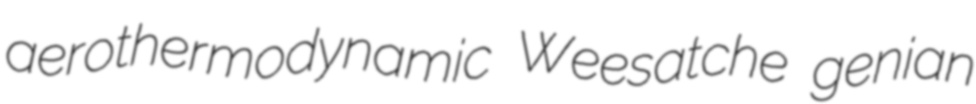
aerothermodynamic Weesatche genian